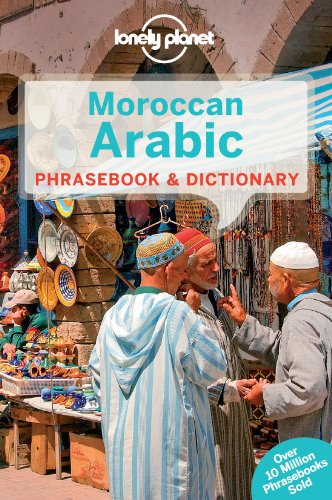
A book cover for Lonely Planet Moroccan Arabic Phrasebook & Dictionary; Lonely Planet; Travel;